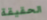
الحقيقة